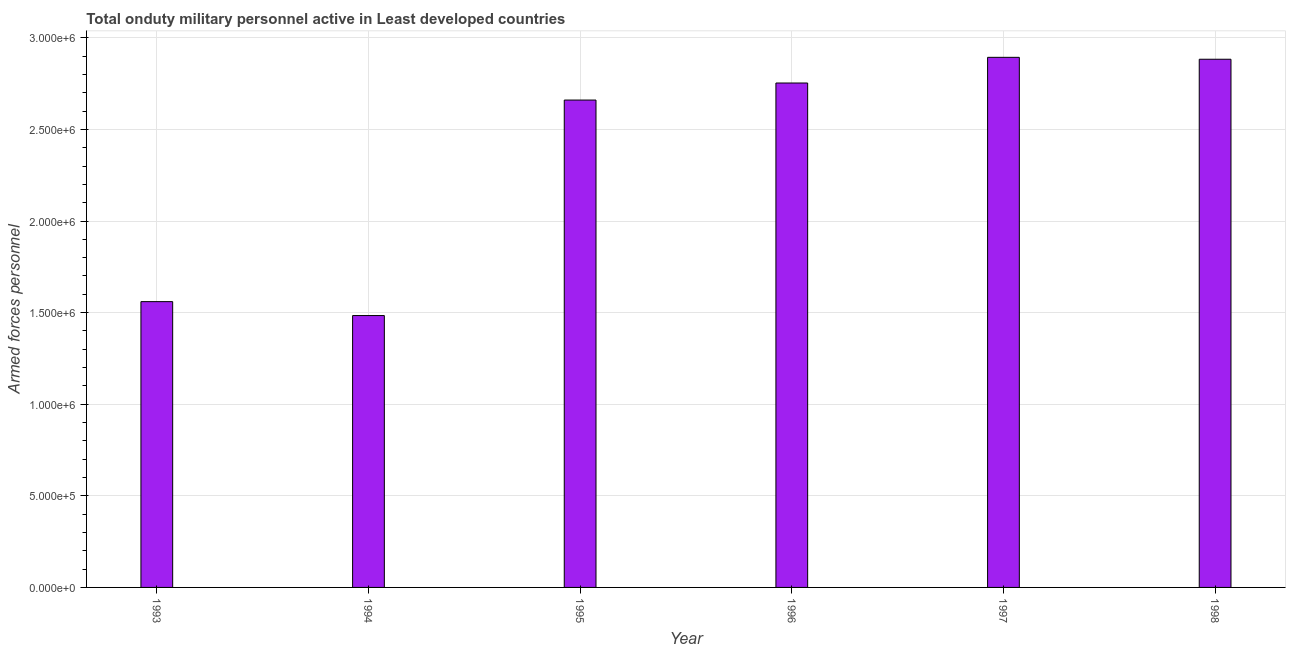
| Year | Armed forces personnel |
 | --- | --- |
 | 1993 | 1.56e+06 |
 | 1994 | 1.48e+06 |
 | 1995 | 2.66e+06 |
 | 1996 | 2.75e+06 |
 | 1997 | 2.89e+06 |
 | 1998 | 2.88e+06 |